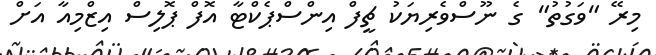
މިރޭ "ވަގުތު" ގެ ނޫސްވެރިޔަކު ޗީފް އިންސްޕެކްޓާ އޮފް ޕޮލިސް އިޒްމިއާ އަށް